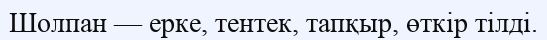
Шолпан — ерке, тентек, тапқыр, өткір тілді.